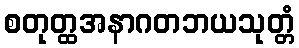
စတုတ္ထအနာဂတဘယသုတ္တံ